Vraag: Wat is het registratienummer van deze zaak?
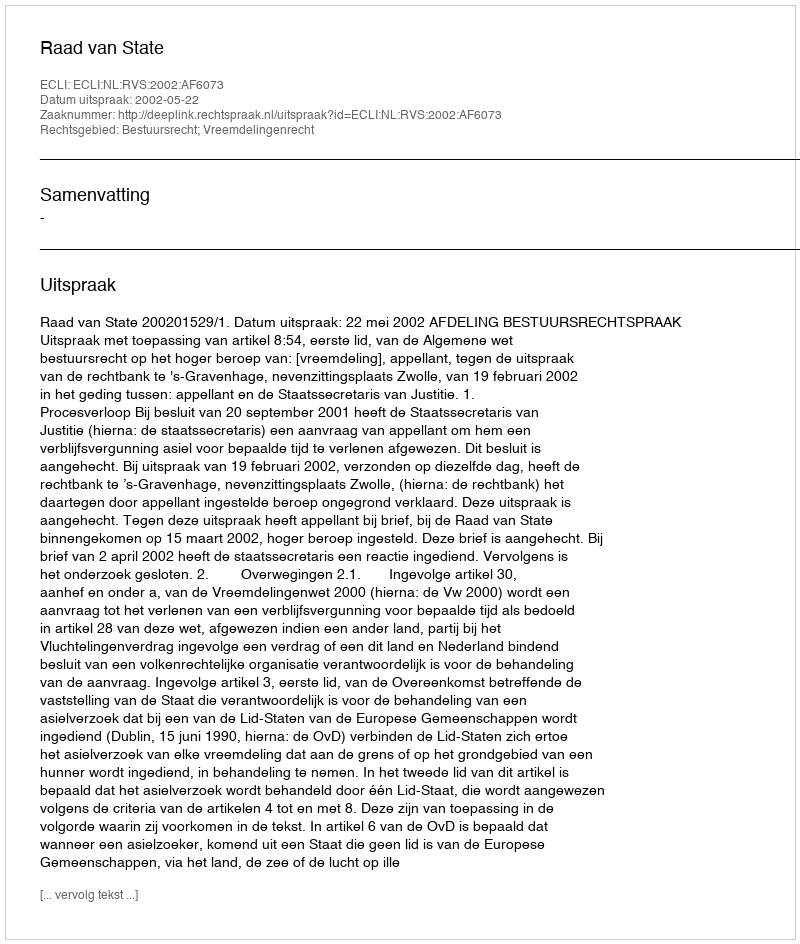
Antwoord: http://deeplink.rechtspraak.nl/uitspraak?id=ECLI:NL:RVS:2002:AF6073